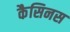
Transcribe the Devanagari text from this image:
कैसिनस